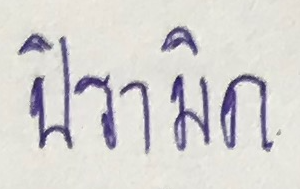
ปิรามิด